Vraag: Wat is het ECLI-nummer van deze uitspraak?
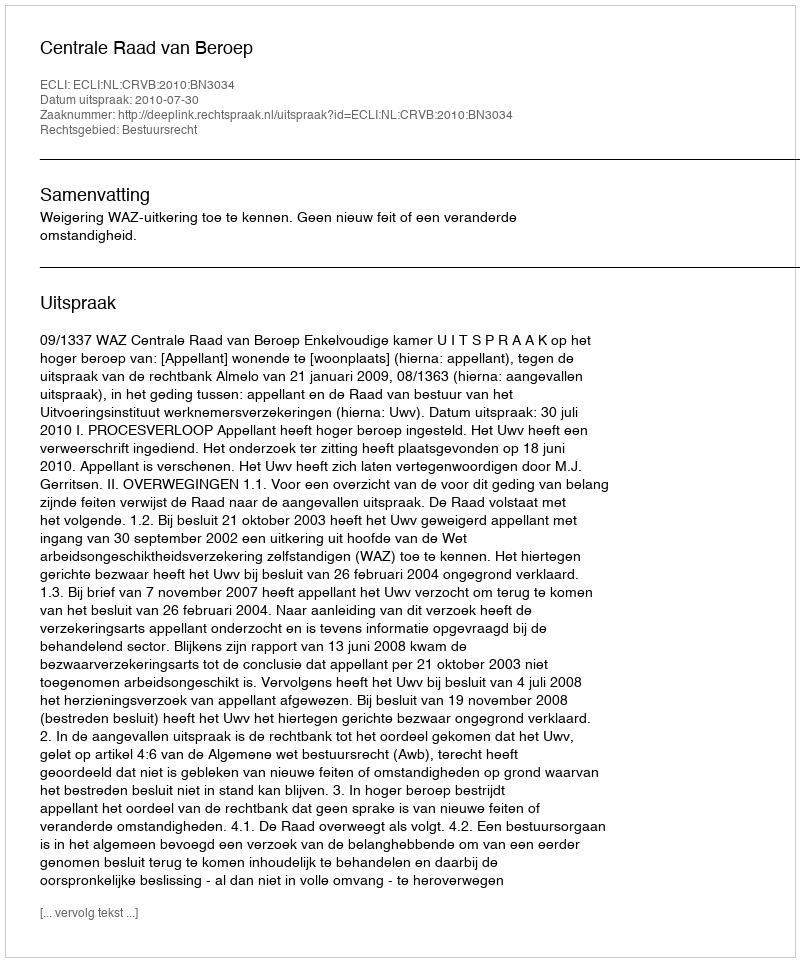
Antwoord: ECLI:NL:CRVB:2010:BN3034